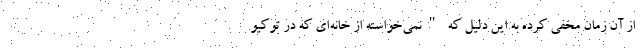
از آن زمان مخفی کرده به این دلیل که "نمی‌خواسته از خانه‌ای که در توکیو